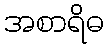
အစာရိဓ